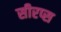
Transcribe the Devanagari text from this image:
सीरप्स